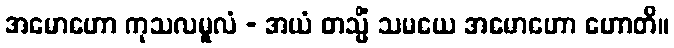
အမောဟော ကုသလမူလံ - အယံ တသ္မိံ သမယေ အမောဟော ဟောတိ။